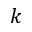
k